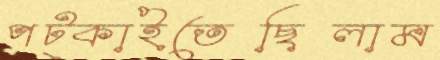
পট্‌কাইতেছিলাম